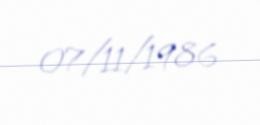
07/11/1986